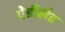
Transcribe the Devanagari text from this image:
ऐडीलैड